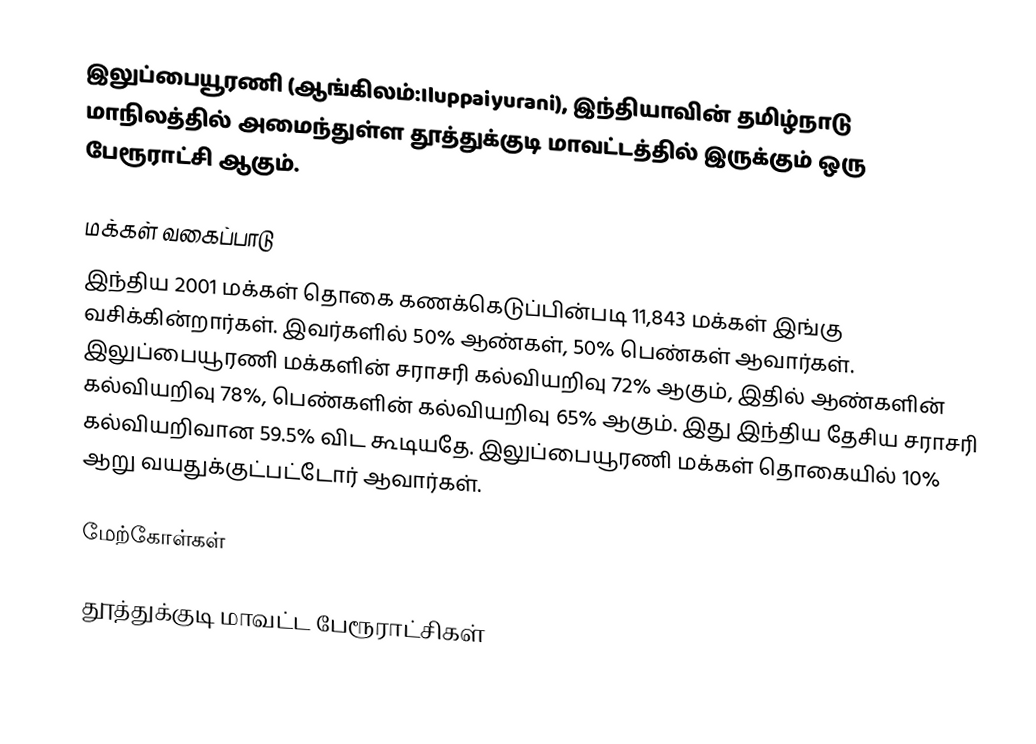
இலுப்பையூரணி (ஆங்கிலம்:Iluppaiyurani), இந்தியாவின் தமிழ்நாடு மாநிலத்தில் அமைந்துள்ள தூத்துக்குடி மாவட்டத்தில் இருக்கும் ஒரு பேரூராட்சி ஆகும்.

மக்கள் வகைப்பாடு
இந்திய 2001 மக்கள் தொகை கணக்கெடுப்பின்படி 11,843 மக்கள் இங்கு வசிக்கின்றார்கள். இவர்களில் 50% ஆண்கள், 50% பெண்கள் ஆவார்கள். இலுப்பையூரணி மக்களின் சராசரி கல்வியறிவு 72% ஆகும்,  இதில் ஆண்களின் கல்வியறிவு 78%,  பெண்களின் கல்வியறிவு 65% ஆகும். இது இந்திய தேசிய சராசரி கல்வியறிவான 59.5% விட கூடியதே. இலுப்பையூரணி மக்கள் தொகையில் 10%  ஆறு வயதுக்குட்பட்டோர் ஆவார்கள்.

மேற்கோள்கள்

தூத்துக்குடி மாவட்ட பேரூராட்சிகள்